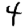
Digit: 4